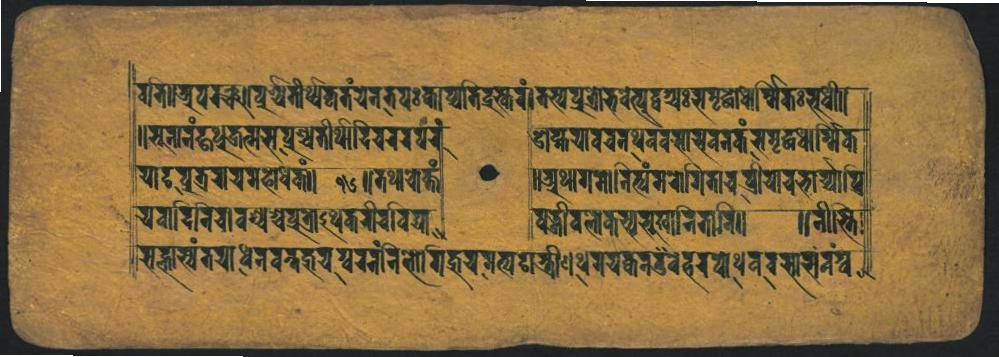
𑐬𑑂𑐰𑐵𑐟𑐵𑐀𑐄𑐥𑐘𑑂𑐔𑑌𑐧𑐸𑐱𑑂𑐫𑐩𑑄𑐿𑐠𑑂𑐫𑐿𑐎𑐺𑐟𑑄𑐫𑐾𑐣𑐟𑐥𑑅𑑋𑐎𑐵𑐥𑑂𑐔𑐵𑐟𑐶𑐡𑐸𑐲𑑂𑐎𑑄𑑋𑐟𑐳𑑂𑐫𑐥𑑂𑐬𑐸𑐨𑑀𑐨𑐰𑐾𑐟𑑂𑐫𑐸𑐬𑑂𑐰𑑂𑐫𑑅𑐳𑐩𑐺𑐡𑑂𑐢𑑀𑐎𑑁𑐬𑑂𑐩𑐶𑐟𑑅𑐨𑐲𑐷𑑄𑑌 𑑌𑐳𑐸𑐣𑑂𑐫𑐣𑑄𑐴𑑂𑐫𑐸𑐎𑑂𑐬𑐸𑐮𑑂𑐩𑐳𑐥𑑂𑐬𑐱𑑂𑐔𑐟𑐷𑐬𑑂𑐠𑐵𑐡𑐶𑐔𑐬𑐬𑐲𑐬𑐸 𑐫𑐵𑐡𑐥𑑂𑐬𑐟𑑂𑐬𑐬𑐫𑐩𑐴𑐾𑐢𑐶𑐎𑐵 𑐫𑐰𑐵𑐡𑐶𑐬𑐶𑐔𑐵𑐰𑐱𑑂𑐔𑐱𑑂𑐔𑐥𑑂𑐬𑐸𑐟𑑂𑐬𑑂𑐠𑐾𑐎𑐬𑑂𑐬𑐿𑑂𑐬𑐵𑐰𑐶𑐖𑑂𑐫 𑐳𑐸𑐟𑑂𑐰𑐵𑐳𑑂𑐰𑑄𑐟𑐫𑐵𑐢𑐣𑐰𑑂𑐎𑐖𑑂𑐘𑐔𑐥𑑂𑐬𑐬𑑄𑐣𑐶𑐨𑑀𑐐𑐎𑐬𑐐𑐟𑑂𑐫𑐬𑑂𑐟𑑂𑐬𑐷𑐠𑐾𑐫𑐎𑑂𑐕𑐩𑐐𑐸𑐬𑐾𑐟𑑂𑐥𑐾𑐠𑐰𑐟𑐨𑑂𑐫𑐨𑑄𑐣𑑄𑐣𑑂𑐰